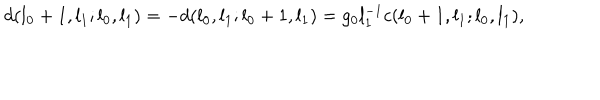
LaTeX: d ( l _ { 0 } + 1 , l _ { 1 } ; l _ { 0 } , l _ { 1 } ) = - d ( l _ { 0 } , l _ { 1 } ; l _ { 0 } + 1 , l _ { 1 } ) = g _ { 0 } l _ { 1 } ^ { - 1 } c ( l _ { 0 } + 1 , l _ { 1 } ; l _ { 0 } , l _ { 1 } ) ,